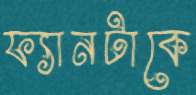
ফ্যানটাকে